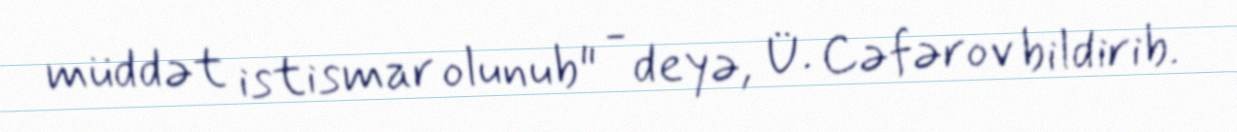
müddət istismar olunub" - deyə, Ü. Cəfərov bildirib.